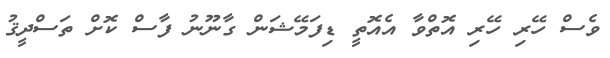
ވެސް ހޭރި ހޭރި އޮތްވާ އެއޮތީ ޑިފަމޭޝަން ގާނޫނު ފާސް ކޮށް ތަސްދީޤު